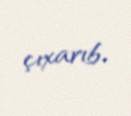
çıxarıb.